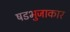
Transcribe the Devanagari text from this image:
षडभुजाकार